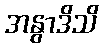
အနွာဒိသိ